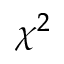
\chi ^ { 2 }